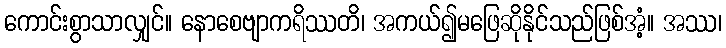
ကောင်းစွာသာလျှင်။ နောစေဗျာကရိဿတိ၊ အကယ်၍မဖြေဆိုနိုင်သည်ဖြစ်အံ့။ အဿ၊